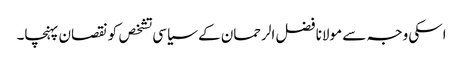
اسکی وجہ سے مولانا فضل الرحمان کے سیاسی تشخص کو نقصان پہنچا۔